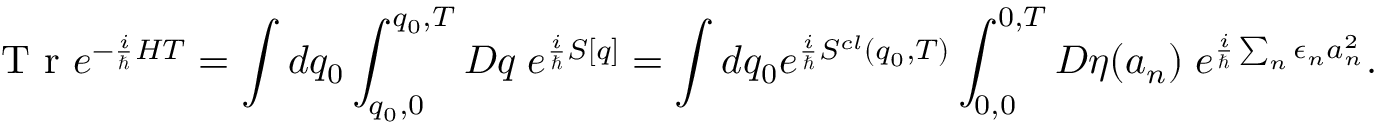
\textrm { T r } e ^ { - \frac { i } { \hbar } { \cal { H } } T } = \int d q _ { 0 } \int _ { q _ { 0 } , 0 } ^ { q _ { 0 } , T } { \cal { D } } q \; e ^ { \frac { i } { \hbar } S [ q ] } = \int d q _ { 0 } e ^ { \frac { i } { \hbar } S ^ { c l } ( q _ { 0 } , T ) } \int _ { 0 , 0 } ^ { 0 , T } { \cal { D } } \eta ( a _ { n } ) \; e ^ { \frac { i } { \hbar } \sum _ { n } \epsilon _ { n } a _ { n } ^ { 2 } } .